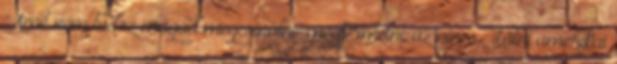
"Amit nem tudsz magad megcsinálni megtermelni, az nincs.” Látni amerikai